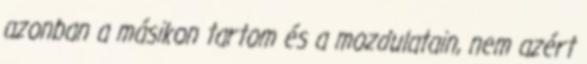
azonban a másikon tartom és a mozdulatain, nem azért